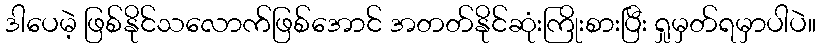
ဒါပေမဲ့ ဖြစ်နိုင်သလောက်ဖြစ်အောင် အတတ်နိုင်ဆုံးကြိုးစားပြီး ရှုမှတ်ရမှာပါပဲ။